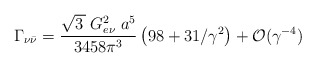
\begin{align*}\Gamma_{\nu {\bar \nu}}=\frac{\sqrt{3\,} \; G_{e\nu}^2\;a^5 }{3458 \pi^3} \left( 98 + 31/\gamma^2\right) + {\cal O} (\gamma^{-4})\;\end{align*}